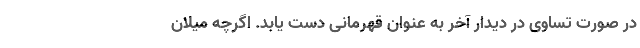
در صورت تساوی در دیدار آخر به عنوان قهرمانی دست یابد. اگرچه میلان